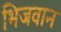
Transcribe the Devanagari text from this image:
भिजवान